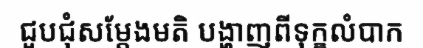
ជួបជុំសម្តែងមតិ បង្ហាញពីទុក្ខលំបាក